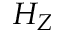
H _ { Z }